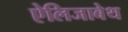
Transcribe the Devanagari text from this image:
ऐलिजाबेथ